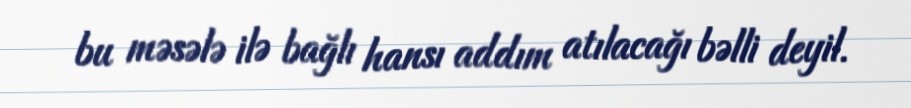
bu məsələ ilə bağlı hansı addım atılacağı bəlli deyil.